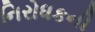
નિરોધકની